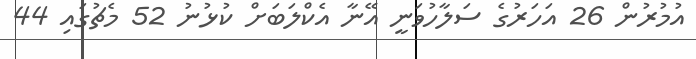
އުމުރުން 26 އަހަރުގެ ސަލާހުވަނީ އޭނާ އެކްލަބަށް ކުޅުނު 52 މެޗުގައި 44